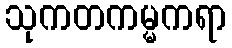
သုကတကမ္မကရာ